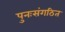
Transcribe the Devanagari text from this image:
पुनःसंगठित